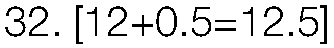
32. [12+0.5=12.5]